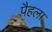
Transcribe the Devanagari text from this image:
पैहला